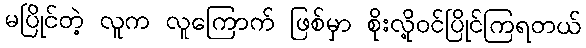
မပြိုင်တဲ့ လူက လူကြောက် ဖြစ်မှာ စိုးလို့ဝင်ပြိုင်ကြရတယ်